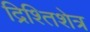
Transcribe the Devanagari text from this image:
द्रिश्तिशेत्र